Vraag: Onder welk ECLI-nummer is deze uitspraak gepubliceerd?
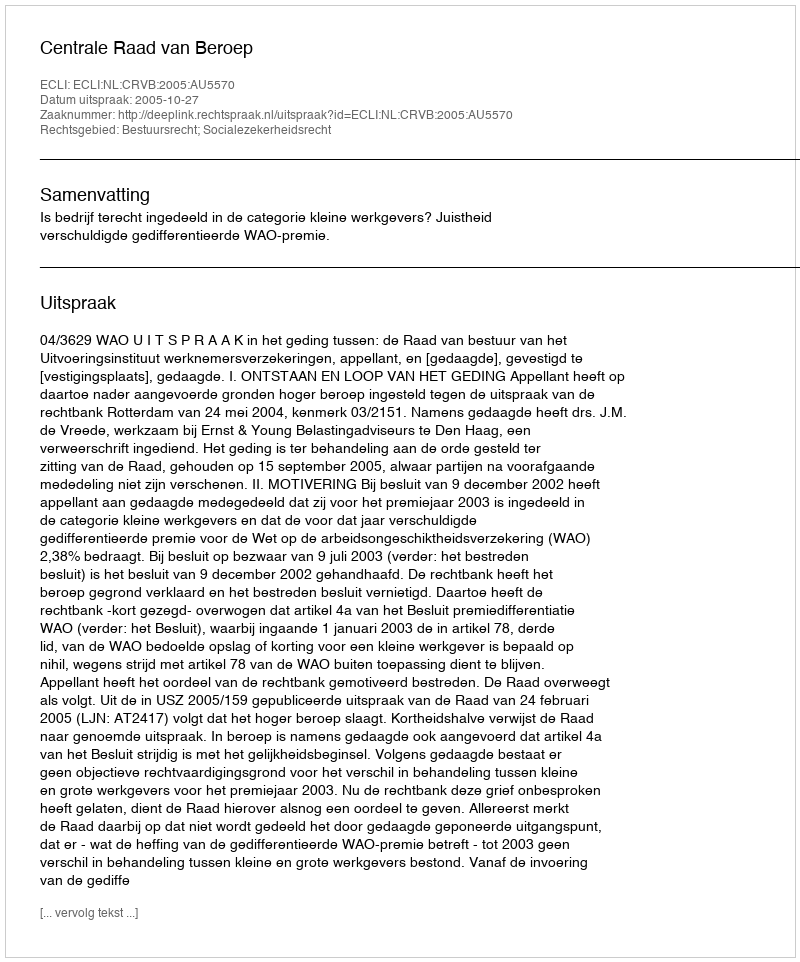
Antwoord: ECLI:NL:CRVB:2005:AU5570